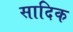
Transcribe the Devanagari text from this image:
सादिक